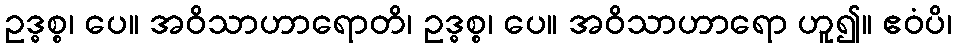
ဥဒ္ဓစ္စ၊ ပေ။ အဝိသာဟာရောတိ၊ ဥဒ္ဓစ္စ၊ ပေ။ အဝိသာဟာရော ဟူ၍။ ဧဝံပိ၊